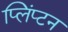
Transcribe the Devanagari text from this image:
प्लिंप्टन